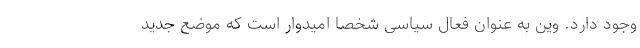
وجود دارد. وین به عنوان فعال سیاسی شخصا امیدوار است که موضع جدید